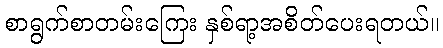
စာရွက်စာတမ်းကြေး နှစ်ရာ့အစိတ်ပေးရတယ်။